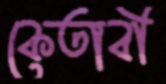
কেতাবী